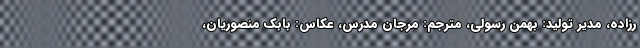
رزاده، مدیر تولید: بهمن رسولی، مترجم: مرجان مدرس، عکاس: بابک منصوریان،